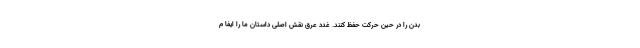
بدن را در حین حرکت حفظ کنند. غدد عرق نقش اصلی داستان ما را ایفا م